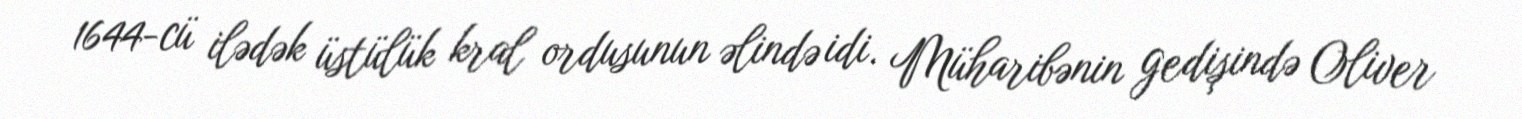
1644-cü ilədək üstülük kral ordusunun əlində idi. Müharibənin gedişində Oliver